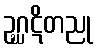
ဥဂ္ဃဋိတညု